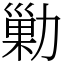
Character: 勦